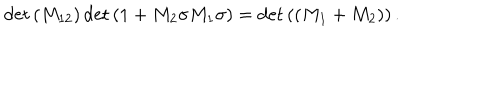
\det \left( M _ { 1 2 } \right) \det \left( 1 + M _ { 2 } \sigma M _ { 1 } \sigma \right) = \det \left( \left( M _ { 1 } + M _ { 2 } \right) \right) .